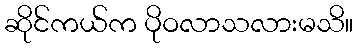
ဆိုင်ကယ်က ပိုဝလာသလားမသိ။